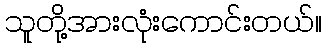
သူတို့အားလုံးကောင်းတယ်။